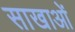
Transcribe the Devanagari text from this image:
साखाओं